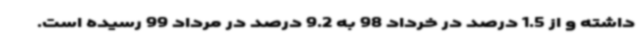
داشته و از 1.5 درصد در خرداد 98 به 9.2 درصد در مرداد 99 رسیده است.